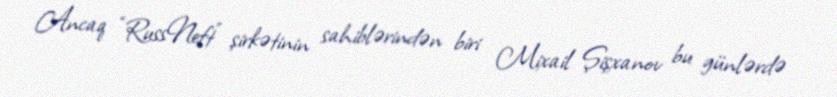
Ancaq “RussNeft” şirkətinin sahiblərindən biri Mixail Şişxanov bu günlərdə